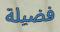
فضيلة